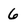
Character: 6